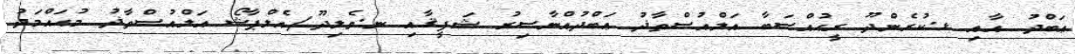
ޢަބްދު އާއި ޅ.ކުރެންދޫ ރީޙުއްޞަބާ އަލްއުސްތާޛު ޢަބްދުއްނާޞިރު ޝަފީޤާއި ނ.ވެލިދޫ/އެލްޕާޝޯ އަލްއުސްތާޛު މުޙައްމަދު